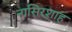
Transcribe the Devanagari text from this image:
नासिरशाह